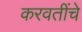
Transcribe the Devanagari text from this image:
करवतींचे